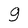
Character: g